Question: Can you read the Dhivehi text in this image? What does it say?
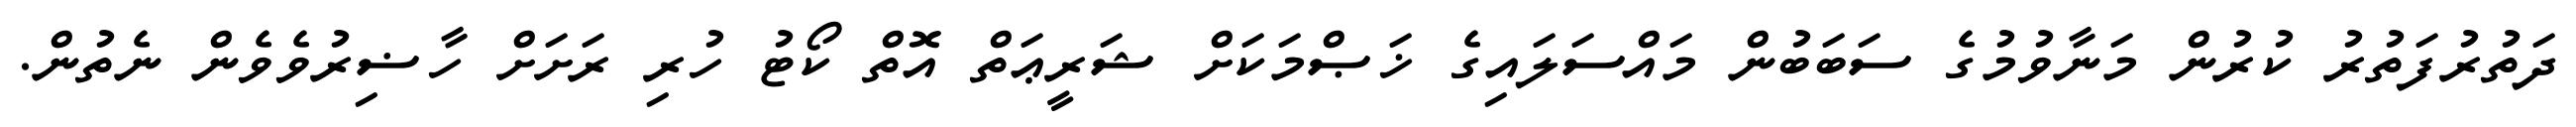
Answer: ދަތުރުފަތުރު ކުރުން މަނާވުމުގެ ސަބަބުން މައްސަލައިގެ ޚަޞްމަކަށް ޝަރީޢަތް އޮތް ކޯޓު ހުރި ރަށަށް ހާޟިރުވެވެން ނެތުން.